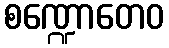
စဏ္ဍောတေဝ